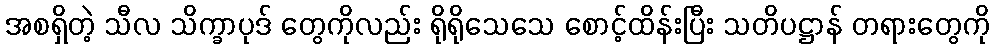
အစရှိတဲ့ သီလ သိက္ခာပုဒ် တွေကိုလည်း ရိုရိုသေသေ စောင့်ထိန်းပြီး သတိပဋ္ဌာန် တရားတွေကို